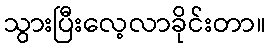
သွားပြီးလေ့လာခိုင်းတာ။